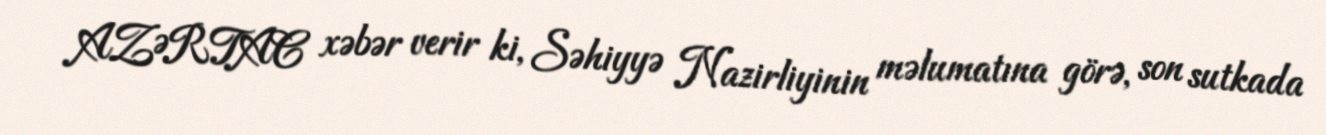
AZƏRTAC xəbər verir ki, Səhiyyə Nazirliyinin məlumatına görə, son sutkada